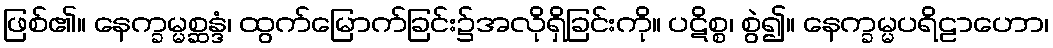
ဖြစ်၏။ နေက္ခမ္မစ္ဆန္ဒံ၊ ထွက်မြောက်ခြင်း၌အလိုရှိခြင်းကို။ ပဋိစ္စ၊ စွဲ၍။ နေက္ခမ္မပရိဠာဟော၊